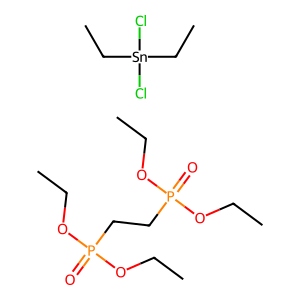
SMILES: CCOP(=O)(CCP(=O)(OCC)OCC)OCC.CC[Sn](Cl)(Cl)CC
Inhibits HIV replication: No